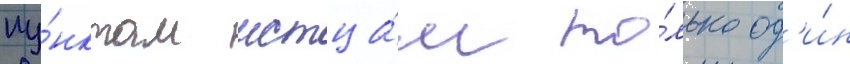
пу́нктам истца́м то́лько од'и́н